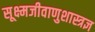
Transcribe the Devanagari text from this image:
सूक्ष्मजीवाणुशास्त्रज्ञ